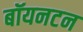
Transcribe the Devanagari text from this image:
बॉयनटन